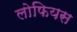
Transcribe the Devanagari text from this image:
लोफियस